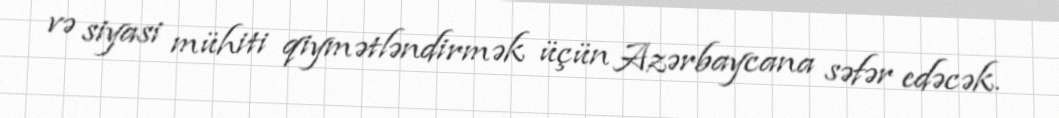
və siyasi mühiti qiymətləndirmək üçün Azərbaycana səfər edəcək.